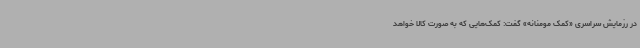
در رزمایش سراسری «کمک مومنانه» گفت: کمک‌هایی که به صورت کالا خواهد